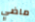
ماضي